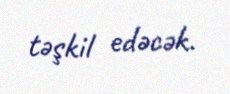
təşkil edəcək.